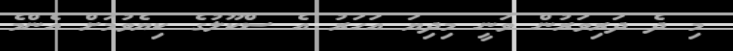
މި ދެ ދަރިވަރުން ވަނީ މިދިޔަ އަހަރު އެ ސްކޫލުގެ ކިޔެވުމަށް އެންމެ